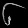
Digit: ၆